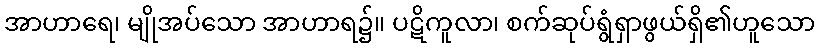
အာဟာရေ၊ မျိုအပ်သော အာဟာရ၌။ ပဋိကူလာ၊ စက်ဆုပ်ရွံရှာဖွယ်ရှိ၏ဟူသော